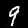
Label: 9